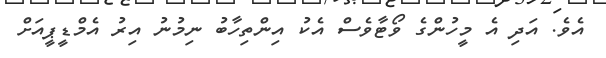
އެވެ. އަދި އެ މީހުންގެ ވޯޓާވެސް އެކު އިންތިހާބު ނިމުނު އިރު އެމްޑީޕީއަށް